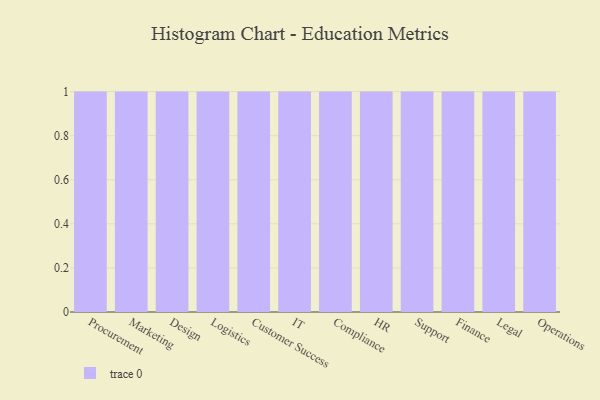
{"axis": {"x": "Department", "y": "Market Share (%)"}, "legend": [""], "data": [{"x": "Procurement", "y": 54, "type": ""}, {"x": "Marketing", "y": 93, "type": ""}, {"x": "Design", "y": 46, "type": ""}, {"x": "Logistics", "y": 4, "type": ""}, {"x": "Customer Success", "y": 1, "type": ""}, {"x": "IT", "y": 38, "type": ""}, {"x": "Compliance", "y": 67, "type": ""}, {"x": "HR", "y": 57, "type": ""}, {"x": "Support", "y": 6, "type": ""}, {"x": "Finance", "y": 50, "type": ""}, {"x": "Legal", "y": 63, "type": ""}, {"x": "Operations", "y": 13, "type": ""}]}